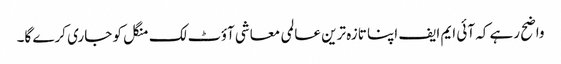
واضح رہے کہ آئی ایم ایف اپنا تازہ ترین عالمی معاشی آؤٹ لک منگل کو جاری کرے گا۔